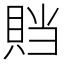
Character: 𰷁